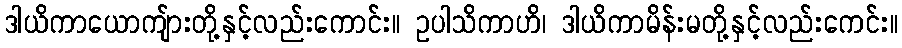
ဒါယိကာယောကျ်ားတို့နှင့်လည်းကောင်း။ ဥပါသိကာဟိ၊ ဒါယိကာမိန်းမတို့နှင့်လည်းကေင်း။